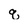
Character: q